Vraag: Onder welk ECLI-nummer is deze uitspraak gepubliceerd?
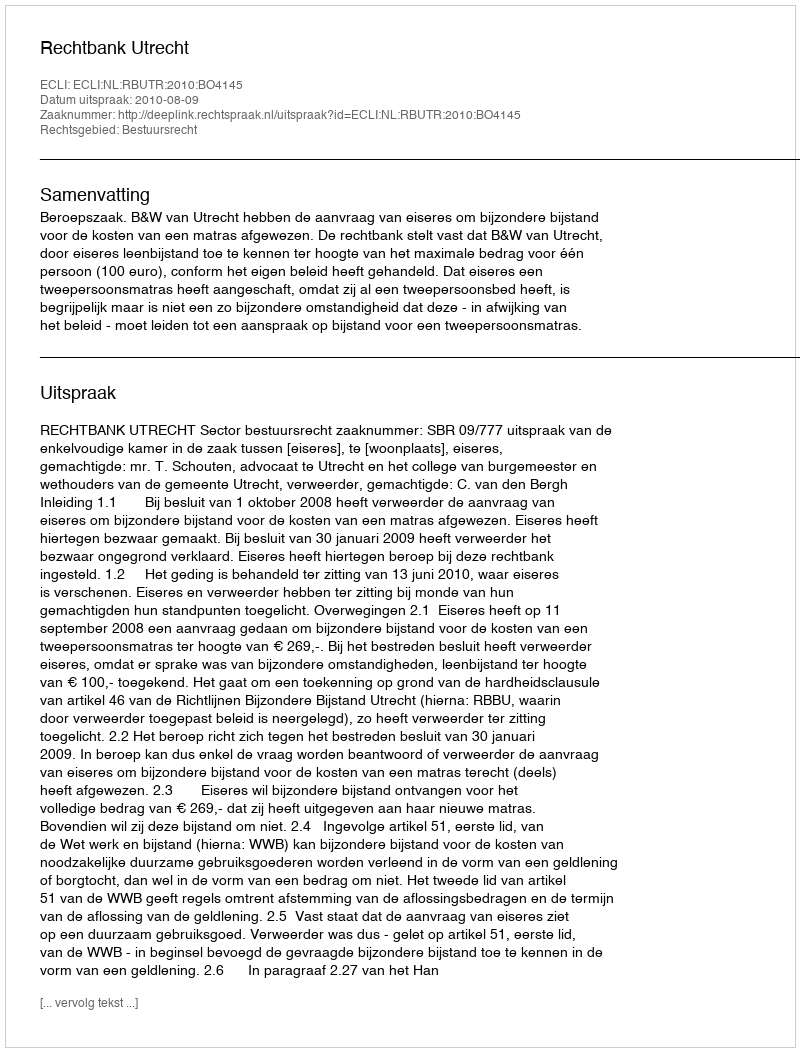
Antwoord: ECLI:NL:RBUTR:2010:BO4145